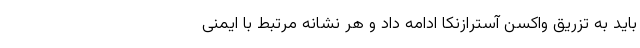
باید به تزریق واکسن آسترازنکا ادامه داد و هر نشانه مرتبط با ایمنی